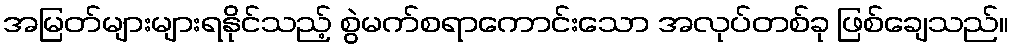
အမြတ်များများရနိုင်သည့် စွဲမက်စရာကောင်းသော အလုပ်တစ်ခု ဖြစ်ချေသည်။